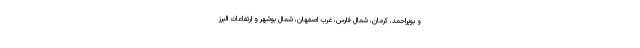
و بویراحمد، کرمان، شمال فارس، غرب اصفهان، شمال بوشهر و ارتفاعات البرز